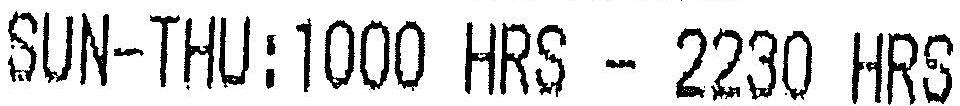
SUN-THU:1000 HRS - 2230 HRS